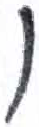
אות: ו